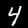
Digit: 4